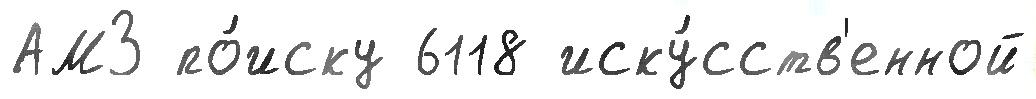
АМЗ по́иску 6118 иску́сств'енной